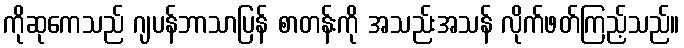
ကိုဆုကေသည် ဂျပန်ဘာသာပြန် စာတန်းကို အသည်းအသန် လိုက်ဖတ်ကြည့်သည်။